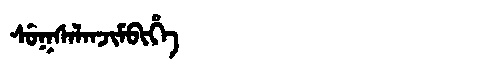
Manchu: ᠰᡠᡴᠰᠠᠯᠠᠨᠵᡳᠮᠪᡳᡥᡝ
Romanization: SUKSALANJIMBIHE